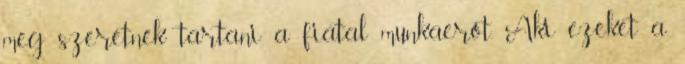
meg szeretnék tartani a fiatal munkaerőt. Aki ezeket a